Indian journal of veterinary science and animal husbandry - Volume 14,
Year: 1944
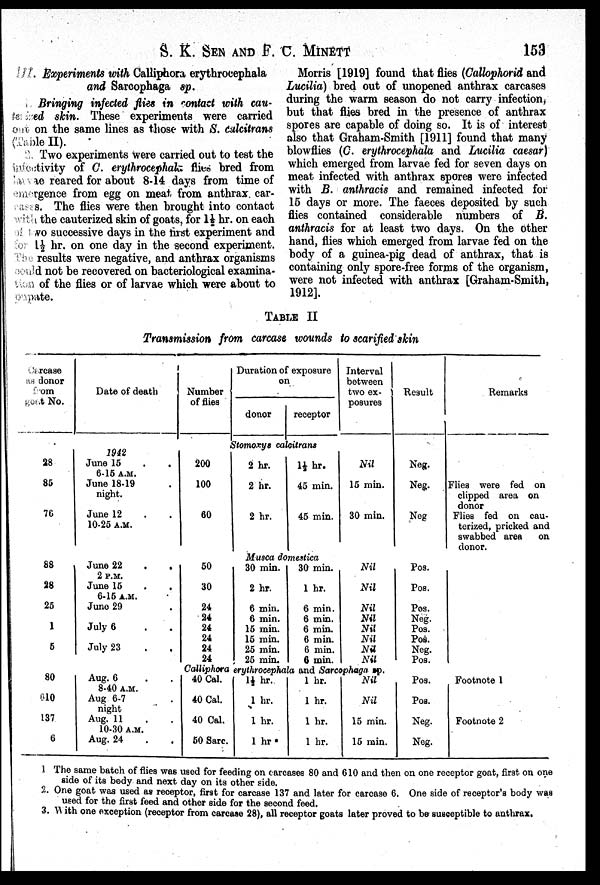
S. K. SEN AND F. C.
MINETT
153
III. Experiments with Calliphora erythrocephala
and Sarcophaga sp.
1. Bringing infected flies in contact with cau-
terized skin. These experiments were carried
out on the same lines as those with S. calcitrans
(Table II).
2. Two experiments were carried out to test the
infectivity of C. erythrocephala flies bred from
larvae reared for about 8-14 days from time of
emergence from egg on meat from anthrax car-
cases. The flies were then brought into contact
with the cauterized skin of goats, for 1½ hr. on each
of two successive days in the first experiment and
for l½ hr. on one day in the second experiment.
The results were negative, and anthrax organisms
could not be recovered on bacteriological examina-
tion of the flies or of larvae which were about to
pupate.
Morris [1919] found that flies (Callophorid and
Lucilia) bred out of unopened anthrax carcases
during the warm season do not carry infection,
but that flies bred in the presence of anthrax
spores are capable of doing so. It is of interest
also that Graham-Smith [1911] found that many
blowflies (C. erythrocephala and Lucilia caesar)
which emerged from larvae fed for seven days on
meat infected with anthrax spores were infected
with B. anthracis and remained infected for
15 days or more. The faeces deposited by such
flies contained considerable numbers of B.
anthracis for at least two days. On the other
hand, flies which emerged from larvae fed on the
body of a guinea-pig dead of anthrax, that is
containing only spore-free forms of the organism,
were not infected with anthrax [Graham-Smith,
1912].
TABLE II
Transmission from carcase wounds to scarified skin
Cercase
as donor
from
goat No.
Date of death
Number
of flies
Duration of exposure
on
donor
receptor
Interval
between
two ex-
posures
Result
Remarks
Stomoxys calcitrans
28
85
76
1942
June 15 . .
6-15 A.M.
June 18.19 .
night.
June 12 . .
10-25 A.M.
200
100
60
2 hr.
2 hr.
2 hr.
l½ hr.
45 min.
45 min.
Nil
15 min.
30 min.
Neg.
Neg.
Neg
Flies were fed on
clipped area on
donor
Flies fed on cau-
terized, pricked and
swabbed area
on
donor.
Musca domestica
88
28
25
1
5
June 22 . .
2 P.M.
June 15
.
.
6-15 A.M.
June 29 .
July 6 . .
July 23 . .
50
30
24
24
24
24
24
24
30 min.
2 hr.
6 min.
6 min.
15 min.
15 min.
25 min.
25 min.
30 min.
1 hr.
6 min.
6 min.
6 min.
6 min.
6 min.
6 min.
Nil
Nil
Nil
Nil
Nil
Nil
Nil
Nil
Pos.
Pos.
Pos.
Neg.
Pos.
Pos.
Neg.
Pos.
Calliphora erythrocephala and Sarcophaga sp.
80
610
137
6
Aug. 6 . .
8-40 A.M.
Aug 6-7
night
Aug. 11 . .
10-30 A.M.
Aug. 24 . .
40 Cal.
40 Cal.
40 Cal.
50 Sarc.
l½ hr.
1 hr.
1 hr.
1 hr.
1 hr.
1 hr.
1 hr.
1 hr.
Nil
Nil
15 min.
15 min.
Pos.
Pos.
Neg.
Neg.
Footnote 1
Footnote 2
1 The same batch of flies was used for feeding on carcases 80 and 610 and then on one receptor goat, first on one
side of its body and next day on its other side.
2. One goat was used as receptor, first for carcase 137 and later for carcase 6. One side of receptor's body was
used for the first feed and other side for the second feed.
3. With one exception (receptor from carcase 28), all receptor goats later proved to be susceptible to anthrax.